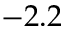
- 2 . 2